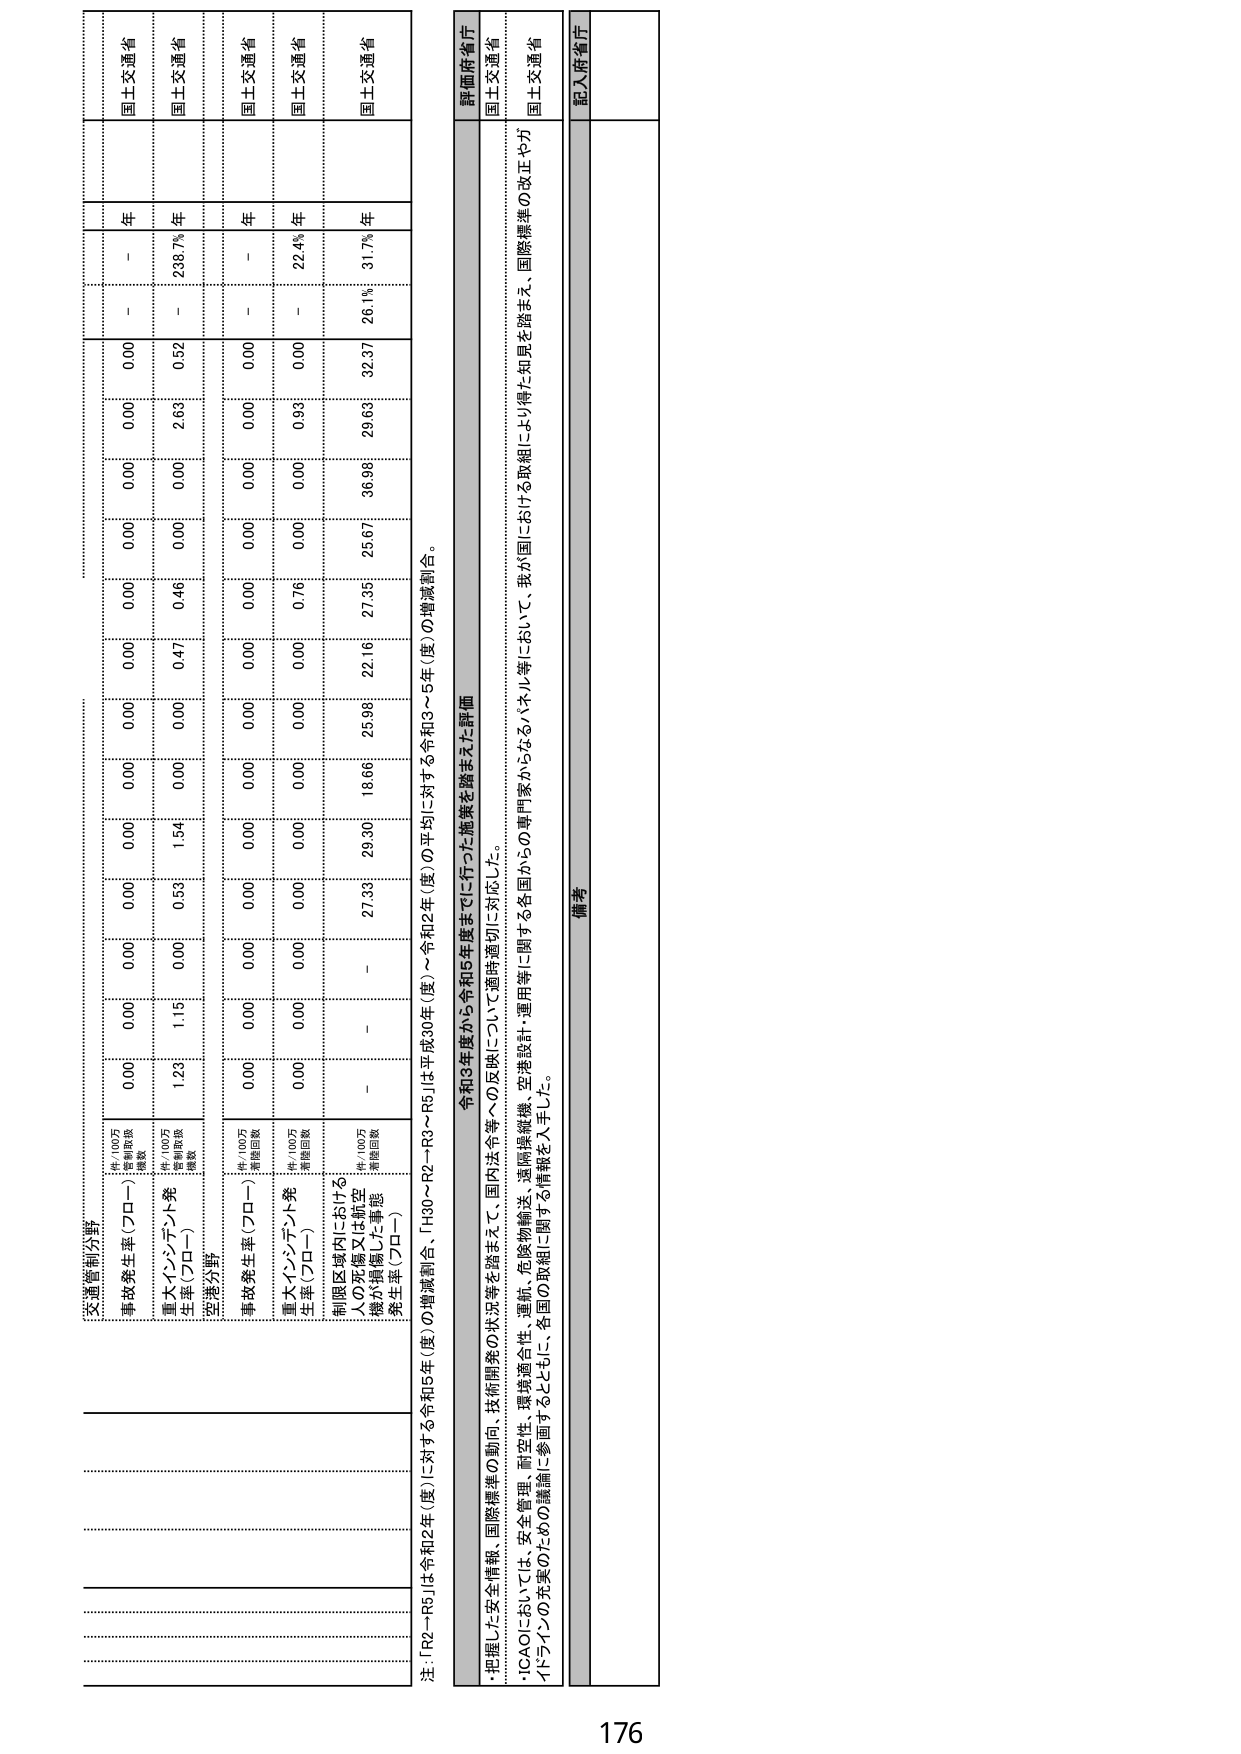
交通管制分野
事故発生率（プロー） 件/100万
運航回数
0.00 0.00 0.00 0.00 0.00 0.00 0.00 0.00 0.00 0.00 0.00 0.00 0.00 0.00 0.00 0.00 0.00 0.00 0.00 0.00
重大インシデント発生率（プロー） 件/100万
運航回数
1.23 1.15 0.00 0.53 1.54 0.00 0.47 0.46 0.00 2.63 0.52 - 238.7% 年
空港分野
事故発生率（プロー） 件/100万
運航回数
0.00 0.00 0.00 0.00 0.00 0.00 0.00 0.00 0.00 0.00 0.00 - 年
重大インシデント発生率（プロー） 件/100万
運航回数
0.00 0.00 0.00 0.00 0.00 0.00 0.00 0.76 0.00 0.93 0.00 - 22.4% 年
制限区域内における人の死傷又は航空機が損傷した事態発生率（プロー） 件/100万
運航回数
- - 21.33 29.30 18.66 25.98 22.16 27.36 25.67 36.98 29.63 32.37 26.1% 31.7% 年
注：「R2～R5」は令和2年（度）に対する令和5年（度）の増減割合、「H30～R2」「R3～R5」は平成30年（度）～令和2年（度）の平均に対する令和3～5年（度）の増減割合。
評価府省庁
国土交通省
国土交通省
国土交通省
国土交通省
国土交通省
・把握した安全情報、国際標準の動向、技術開発の状況等を踏まえて、国内法令等について適時適切に対応した。
・ICAOにおいては、安全管理、耐空性、環境適合性、運航、危険物輸送、遠隔操縦機、空港設計・運用等に関する各国からの専門家からなるパネル等において、我が国における取組における知見を踏まえ、国際標準の改正やガイドラインの充実のための議論に参画するとともに、各国の取組に関する情報を入手した。
備考
記入府省庁
176